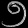
Digit: ၅